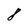
Character: 8